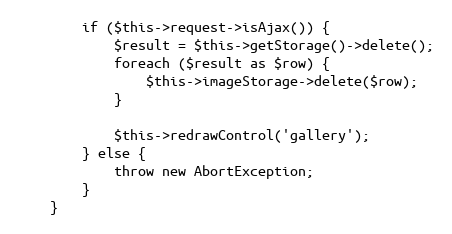
Language: PHP
		if ($this->request->isAjax()) {
			$result = $this->getStorage()->delete();
			foreach ($result as $row) {
				$this->imageStorage->delete($row);
			}

			$this->redrawControl('gallery');
		} else {
			throw new AbortException;
		}
	}